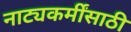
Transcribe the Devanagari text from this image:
नाट्यकर्मींसाठी